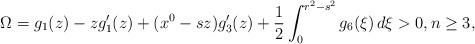
LaTeX: \begin{align*}\Omega=g_1(z)-zg'_1(z)+(x^0-sz)g'_3(z) + \frac{1}{2}\int_0^{r^2-s^2}g_6(\xi)\,d\xi>0, n\geq 3,\end{align*}